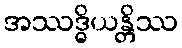
အဿဒ္ဓိယန္တိဿ